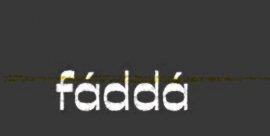
fáddá